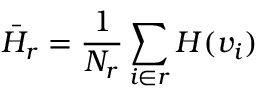
\bar { H } _ { r } = \frac { 1 } { N _ { r } } \sum _ { i \in r } H ( v _ { i } )